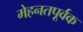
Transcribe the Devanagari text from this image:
मेहनतपूर्वक